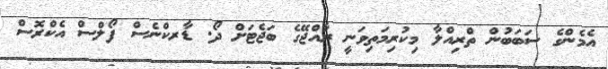
އެމެންގެ ސަބަބުން ތްރިއްލާ މިކުރިމަތިވަނީ ރާއްޖޭގެ ބަޖެޓަށް ދޯ. ޑާރކްނެސް ފޯލްސް އެކްރޮސް